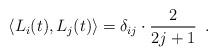
LaTeX: \begin{align*}\langle L_{i}(t), L_j(t) \rangle = \delta_{ij} \cdot \dfrac{2}{2j + 1} \enspace .\end{align*}